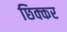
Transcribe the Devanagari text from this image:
छिक्कर